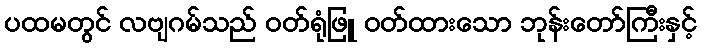
ပထမတွင် လဗျဂမ်သည် ဝတ်ရုံဖြူ ဝတ်ထားသော ဘုန်းတော်ကြီးနှင့်